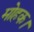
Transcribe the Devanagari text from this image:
मोहक।